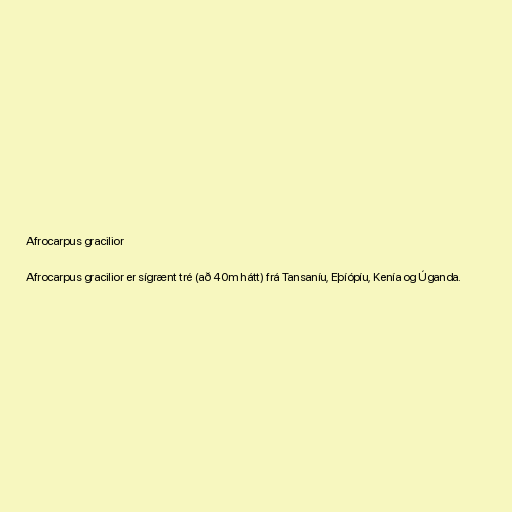
Afrocarpus gracilior

Afrocarpus gracilior er sígrænt tré (að 40m hátt) frá Tansaníu, Eþíópíu, Kenía og Úganda.